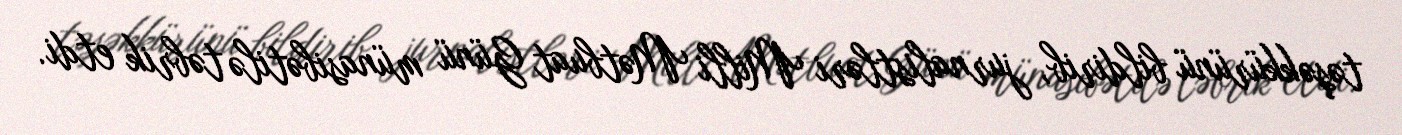
təşəkkürünü bildirib, jurnalistləri Milli Mətbuat Günü münasibətilə təbrik etdi.